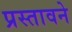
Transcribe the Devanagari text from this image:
प्रस्तावने